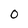
Character: 0